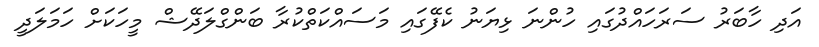
އަދި ހާބަރު ސަރަހައްދުގައި ހުންނަ ޅިޔަނު ކެފޭގައި މަސައްކަތްކުރާ ބަންގްލަދޭޝް މީހަކަށް ހަމަލަދީ